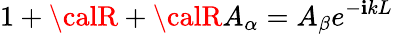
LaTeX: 1+{\calR}+{\calR}A_{\alpha}=A_{\beta}e^{-\mathbf{i}kL}